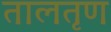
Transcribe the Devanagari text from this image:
तालतृण